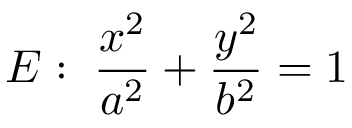
\; E : \; { \frac { x ^ { 2 } } { a ^ { 2 } } } + { \frac { y ^ { 2 } } { b ^ { 2 } } } = 1